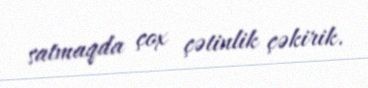
satmaqda çox çətinlik çəkirik.